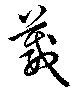
葳